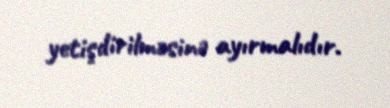
yetişdirilməsinə ayırmalıdır.